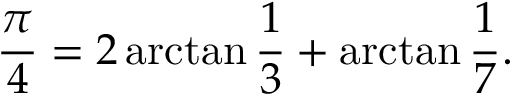
{ \frac { \pi } { 4 } } = 2 \arctan { \frac { 1 } { 3 } } + \arctan { \frac { 1 } { 7 } } .